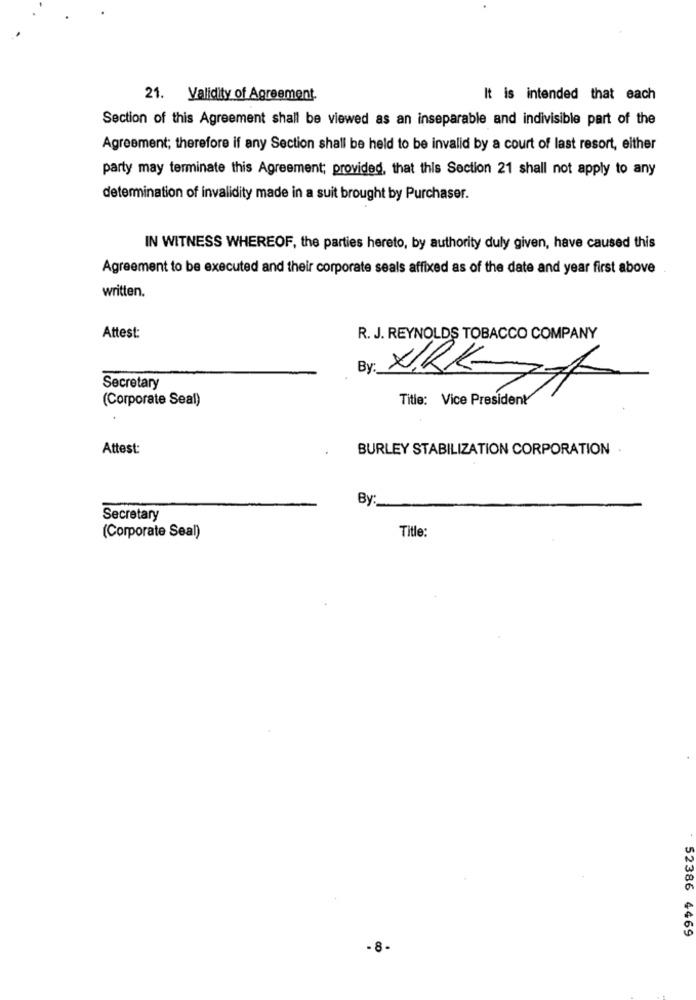
21. Validity of Agreement.
It is intended that each
Section of this Agreement shall be viewed as an inseparable and indivisible part of the
Agreement; therefore if any Section shall be held to be invalid by a court of last resort, either
party may terminate this Agreement; provided, that this Section 21 shall not apply to any
determination of invalidity made in a suit brought by Purchaser.
IN WITNESS WHEREOF, the parties hereto, by authority duly given, have caused this
Agreement to be executed and their corporate seals affixed as of the date and year first above
written.
Attest:
R. J. REYNOLDS TOBACCO COMPANY
By
Secretary
(Corporate Seal)
Title: Vice President
Attest:
BURLEY STABILIZATION CORPORATION
By
Secretary
(Corporate Seal)
Title:
52386 4469
- 8-